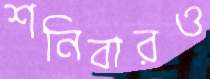
শনিবারও